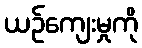
ယဉ်ကျေးမှုကို